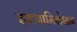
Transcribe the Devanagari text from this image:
इक्जामिनेशन